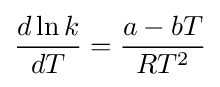
{\frac {d\ln k}{dT}}={\frac {a-bT}{RT^{2}}}